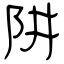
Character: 阱